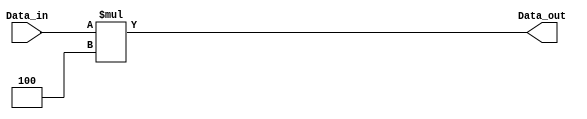
`timescale 1ns / 1ps
//////////////////////////////////////////////////////////////////////////////////
// Company: 
// Engineer: 
// 
// Design Name: 
// Module Name:    shifter 
// Project Name: 
// Target Devices: 
// Tool versions: 
// Description: 
//
// Dependencies: 
//
// Revision: 
// Revision 0.01 - File Created
// Additional Comments: 
//
//////////////////////////////////////////////////////////////////////////////////
module Shifter_32(
  Data_in,
  Data_out
    );
input[31:0] Data_in;
output[31:0] Data_out;

assign Data_out = Data_in*4;

endmodule